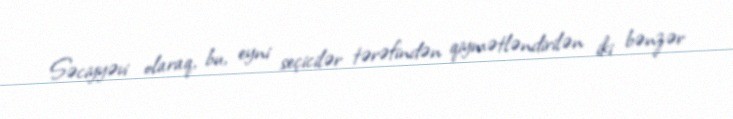
Səciyyəvi olaraq, bu, eyni seçicilər tərəfindən qiymətləndirilən iki bənzər